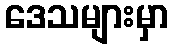
ဒေသများမှာ